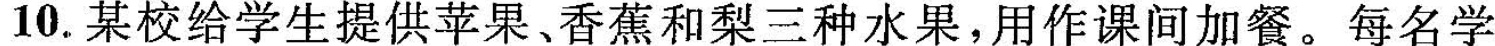
10.某校给学生提供苹果、香蕉和梨三种水果，用作课间加餐。每名学